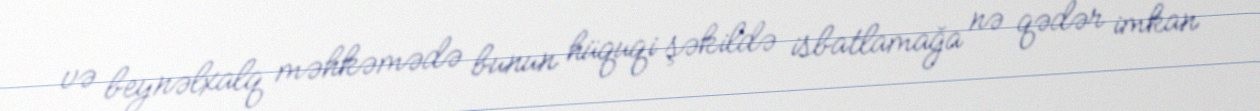
və beynəlxalq məhkəmədə bunun hüquqi şəkildə isbatlamağa nə qədər imkan